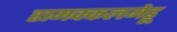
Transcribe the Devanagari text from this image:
रामक्कलमेडू